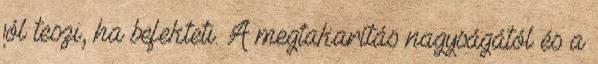
jól teszi, ha befekteti. A megtakarítás nagyságától és a